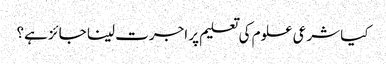
کیا شرعی علوم کی تعلیم پر اجرت لینا جائز ہے؟